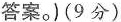
答案.)(9分)